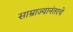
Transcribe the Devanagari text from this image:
साम्राज्यानंतरचे